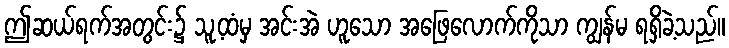
ဤဆယ်ရက်အတွင်း၌ သူ့ထံမှ အင်းအဲ ဟူသော အဖြေလောက်ကိုသာ ကျွန်မ ရရှိခဲ့သည်။